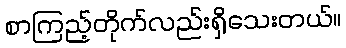
စာကြည့်တိုက်လည်းရှိသေးတယ်။